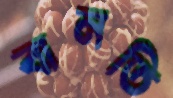
বানতি